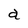
Character: a